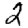
Digit: 2